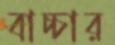
বাচ্চার